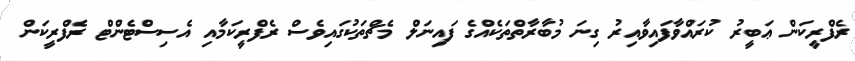
ރެފްރީކަން ޢަބީރު ކުރައްވާފައިވާއިރު ގިނަ މުބާރާތްތަކެއްގެ ފައިނަލް މެޗްތަކުގައިވެސް ރެފްރީކަމާއި އެސިސްޓެންޓް ރެފްރީކަން